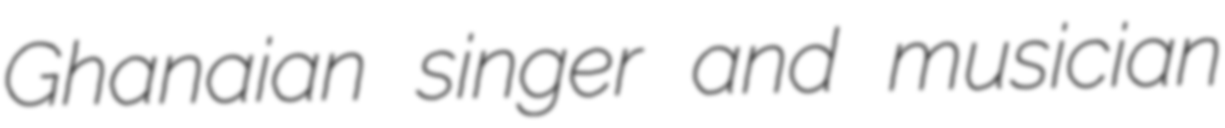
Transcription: Ghanaian singer and musician